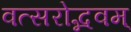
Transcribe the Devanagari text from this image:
वत्सरोद्भवम्